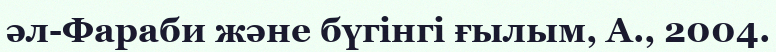
әл-Фараби және бүгінгі ғылым, А., 2004.